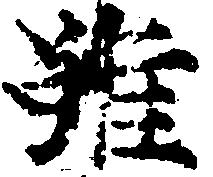
雖